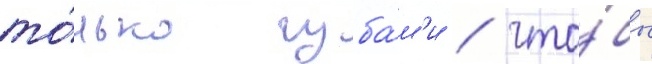
то́лько губа́м'и / что́бы